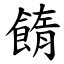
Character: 䭉